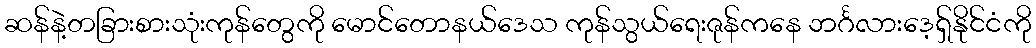
ဆန်နဲ့တခြားစားသုံးကုန်တွေကို မောင်တောနယ်ဒေသ ကုန်သွယ်ရေးဇုန်ကနေ ဘင်္ဂလားဒေ့ရှ်နိုင်ငံကို